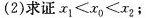
(2) 求证x_{1}< X_{0} < X_{2}；